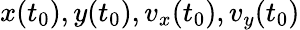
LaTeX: x(t_{0}),y(t_{0}),v_{x}(t_{0}),v_{y}(t_{0})